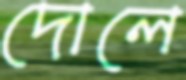
দোলে